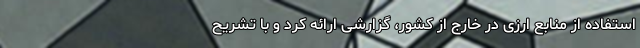
استفاده از منابع ارزی در خارج از کشور، گزارشی ارائه کرد و با تشریح